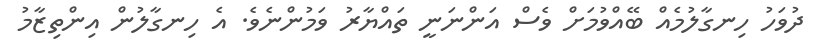
ދުވަހު ހިނގާލުމެއް ބޭއްވުމަށް ވެސް އަންނަނީ ތައްޔާރު ވަމުންނެވެ. އެ ހިނގާލުން އިންތިޒާމު